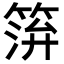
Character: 𥮓